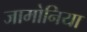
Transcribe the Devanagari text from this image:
जामोनिया